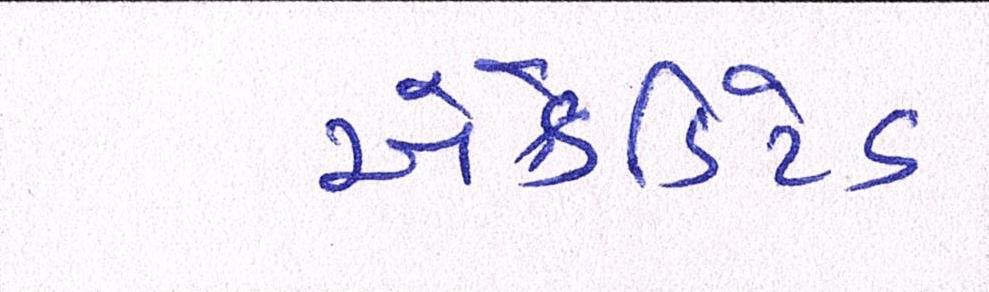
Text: એક્રેડિટેડ